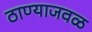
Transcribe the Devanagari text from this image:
ठाण्याजवळ